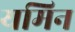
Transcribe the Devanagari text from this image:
यमिन